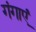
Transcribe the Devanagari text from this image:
गंगाएं